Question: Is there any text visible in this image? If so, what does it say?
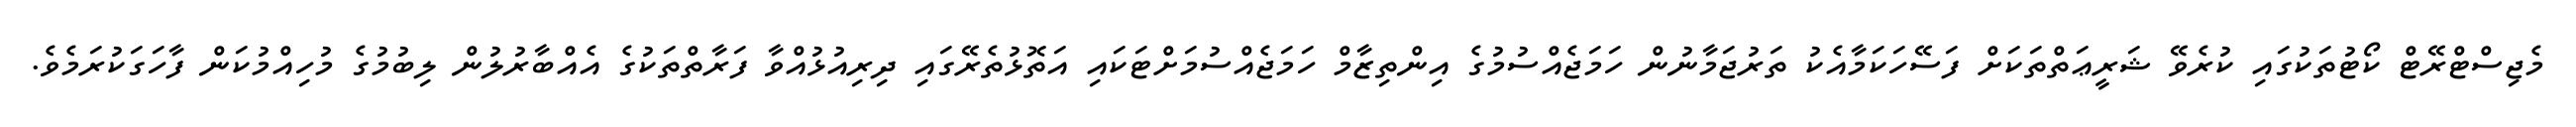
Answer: މެޖިސްޓްރޭޓް ކޯޓުތަކުގައި ކުރެވޭ ޝަރީޢަތްތަކަށް ފަސޭހަކަމާއެކު ތަރުޖަމާނުން ހަމަޖެއްސުމުގެ އިންތިޒާމް ހަމަޖެއްސުމަށްޓަކައި އަތޮޅުތެރޭގައި ދިރިއުޅުއްވާ ފަރާތްތަކުގެ އެއްބާރުލުން ލިބުމުގެ މުހިއްމުކަން ފާހަގަކުރަމެވެ.